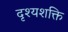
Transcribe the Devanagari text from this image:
दृश्यशक्ति